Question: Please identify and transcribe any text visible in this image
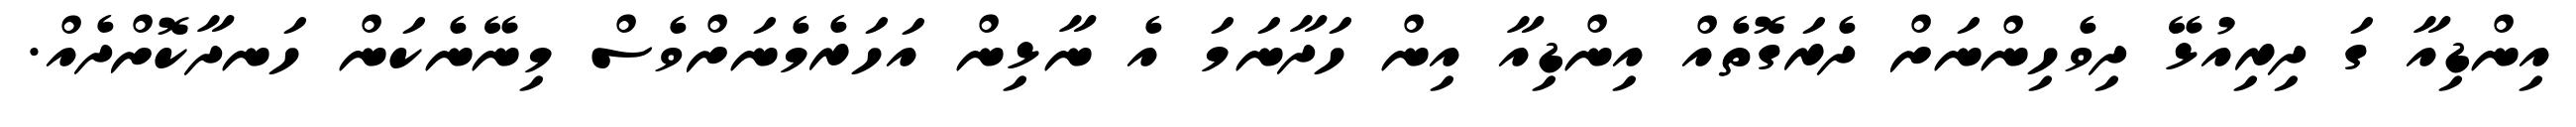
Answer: އިންޑިއާ ގަ ދިރިއުޅޭ ދިވެހިންނަށް ދެރަގޮތެއް އިންޑިއާ އިން ހަދާނަމަ އެ ނާޅިން އަހަރެމެނަށްވެސް މިނޭނެކަން ހަނދާކޮށްދެއް.